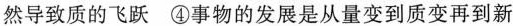
然导致质的飞跃 ④事物的发展是从量变到质变再到新